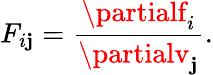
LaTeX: F_{i\mathbf{j}}={\frac{{\partialf_{i}}}{{\partialv_{\mathbf{j}}}}}.